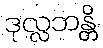
ဒုလ္လဘန္တိ